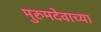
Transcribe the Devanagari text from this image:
मुरुमदेवाच्या